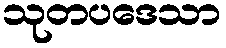
သုတပဒေသာ